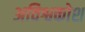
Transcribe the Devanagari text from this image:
अविश्वकोश